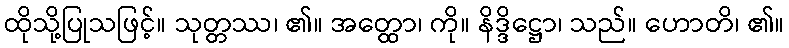
ထိုသို့ပြုသဖြင့်။ သုတ္တဿ၊ ၏။ အတ္ထော၊ ကို။ နိဒ္ဒိဋ္ဌော၊ သည်။ ဟောတိ၊ ၏။